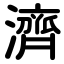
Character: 濟